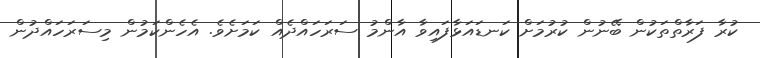
ކުރާ ފަރާތްތަކުން ބޭނުން ކުރުމަށް ކަނޑައަޅާފައިވާ އާންމު ސަރަހައްދެއް ކަމަށެވެ. އެހެންކަމުން މިސަރަހައްދުން